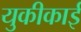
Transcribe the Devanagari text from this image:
युकीकाई